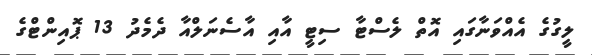
ލީގުގެ އެއްވަނާގައި އޮތް ލެސްޓާ ސިޓީ އާއި އާސެނަލްއާ ދެމެދު 13 ޕޮއިންޓްގެ